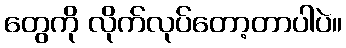
တွေကို လိုက်လုပ်တော့တာပါပဲ။